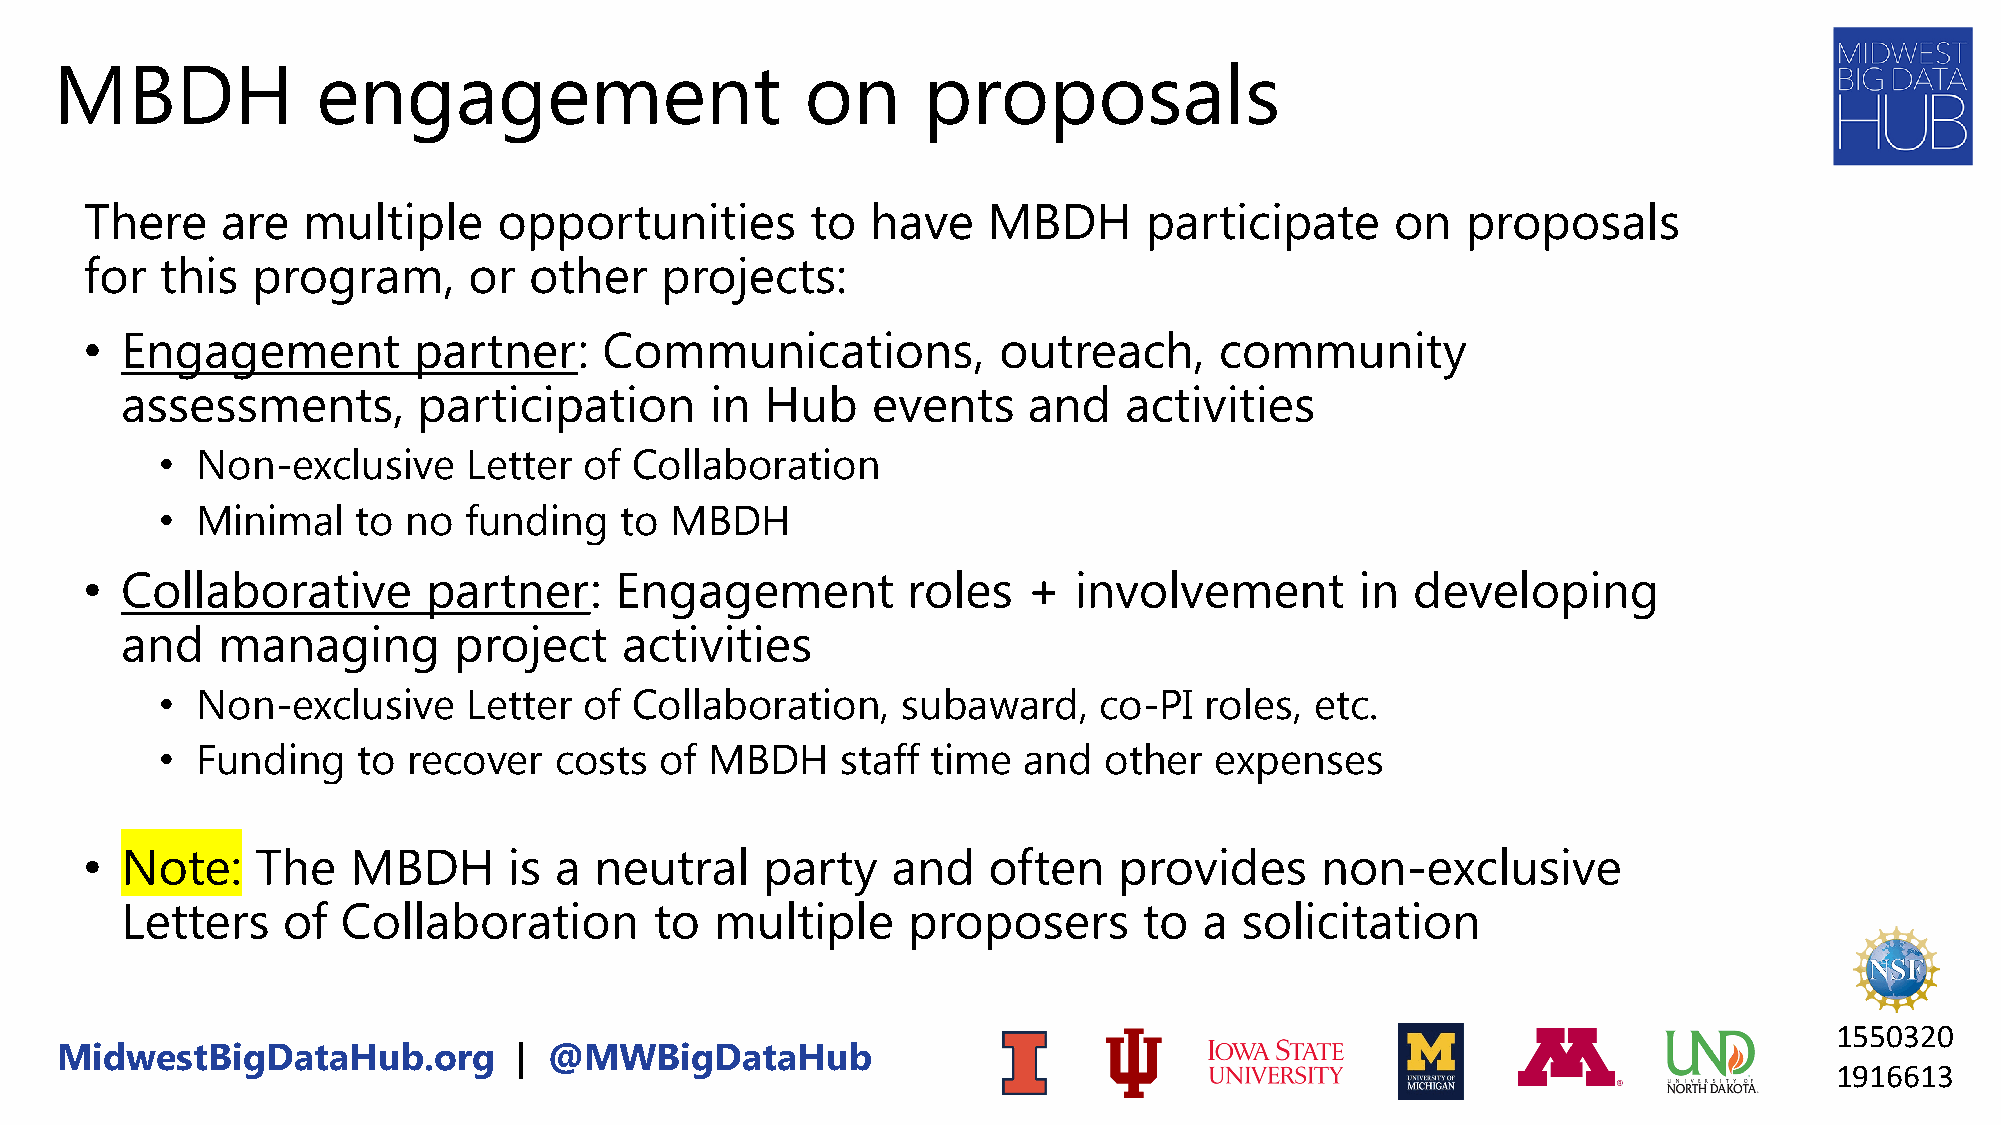
MBDH             engagement                      on      proposals
 There    are  multiple     opportunities        to  have   MBDH       participate     on   proposals
 for  this  program,      or  other    projects:
 • Engagement         partner:     Communications,           outreach,      community
 assessments,        participation      in  Hub    events    and   activities
 •  Non-exclusive     Letter  of Collaboration
 •  Minimal    to no  funding   to MBDH
 • Collaborative       partner:     Engagement         roles   +  involvement        in  developing
 and   managing        project    activities
 •  Non-exclusive     Letter  of Collaboration,    subaward,    co-PI  roles, etc.
 •  Funding    to recover   costs  of MBDH     staff time  and  other  expenses
 • Note:    The   MBDH       is a neutral     party   and   often    provides     non-exclusive
 Letters    of  Collaboration       to  multiple     proposers       to  a solicitation
 1550320
 MidwestBigDataHub.org         | @MWBigDataHub
 1916613